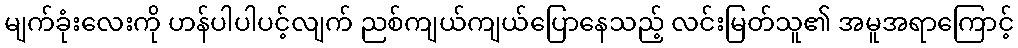
မျက်ခုံးလေးကို ဟန်ပါပါပင့်လျက် ညစ်ကျယ်ကျယ်ပြောနေသည့် လင်းမြတ်သူ၏ အမူအရာကြောင့်